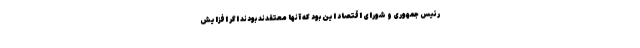
رئیس جمهوری و شورای اقتصاد این بود که آنها معتقدند بودند اگر افزایش